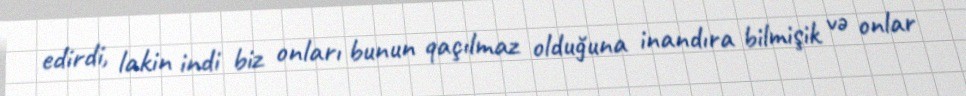
edirdi, lakin indi biz onları bunun qaçılmaz olduğuna inandıra bilmişik və onlar